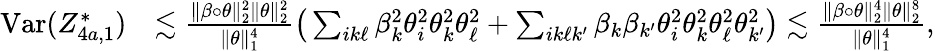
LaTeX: \begin{array}{rl}{\mathrm{Var}(Z_{4a,1}^{*})}&{\lesssim\frac{\| \beta\circ\theta\| _{2}^{2}\| \theta\| _{2}^{2}}{\| \theta\| _{1}^{4}}\big(\sum_{ik\ell}\beta_{k}^{2}\theta_{i}^{2}\theta_{k}^{2}\theta_{\ell}^{2}+\sum_{ik\ell k^{\prime}}\beta_{k}\beta_{k^{\prime}}\theta_{i}^{2}\theta_{k}^{2}\theta_{\ell}^{2}\theta_{k^{\prime}}^{2}\big)\lesssim\frac{\| \beta\circ\theta\| _{2}^{4}\| \theta\| _{2}^{8}}{\| \theta\| _{1}^{4}},}\end{array}